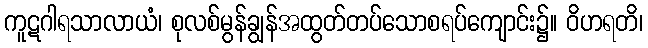
ကူဋဂါရသာလာယံ၊ စုလစ်မွန်ချွန်အထွတ်တပ်သောစရပ်ကျောင်း၌။ ဝိဟရတိ၊